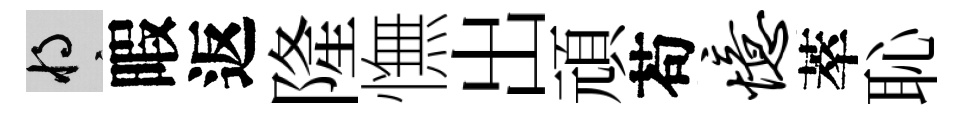
將暇返隆憮出頑苟忆萃恥